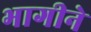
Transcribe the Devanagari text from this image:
भागीने